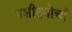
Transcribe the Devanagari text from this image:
मशीदमोर्चा